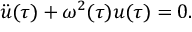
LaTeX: \ddot { u } ( \tau ) + \omega ^ { 2 } ( \tau ) { u } ( \tau ) = 0 .